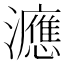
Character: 㶐